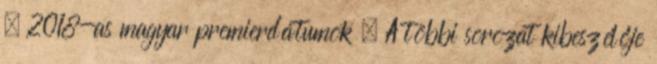
– 2018-as magyar premierdátumok – A többi sorozat kibeszélője